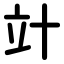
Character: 竍